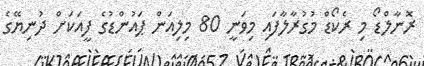
ރޮނާލްޑޯ މި ރެކޯޑް މުގުރާލާފައި މިވަނީ 80 މިލިއަން ޕައުންޑުގެ ފީއަކަށް ދުނިޔޭގެ